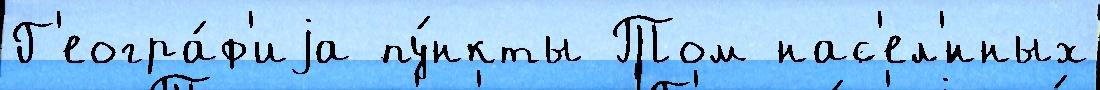
Г'еогра́ф'иjа пу́нкты Том нас'ел'́нных